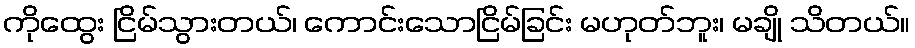
ကိုထွေး ငြိမ်သွားတယ်၊ ကောင်းသောငြိမ်ခြင်း မဟုတ်ဘူး၊ မချို သိတယ်။